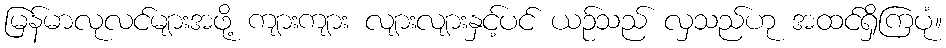
မြန်မာလုလင်များအဖို့ ကျားကျား လျားလျားနှင့်ပင် ယဉ်သည် လှသည်ဟု အထင်ရှိကြပုံ။